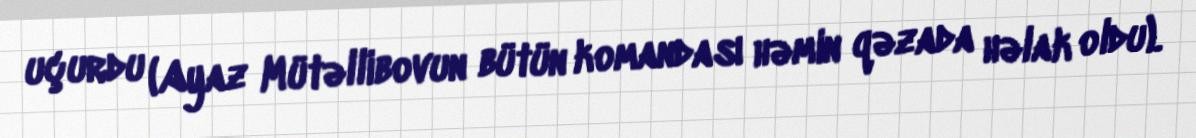
uçurdu (Ayaz Mütəllibovun bütün komandası həmin qəzada həlak oldu).